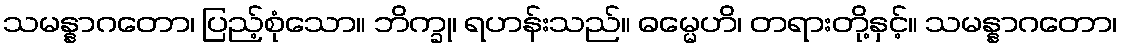
သမန္နာဂတော၊ ပြည့်စုံသော။ ဘိက္ခု၊ ရဟန်းသည်။ ဓမ္မေဟိ၊ တရားတို့နှင့်။ သမန္နာဂတော၊